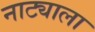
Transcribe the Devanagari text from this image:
नाट्याला